Report on sanitation, dispensaries, and jails in Rajputana for 1919, and on vaccination for the year 1919-1920 - 1919-1920
Year: 1919
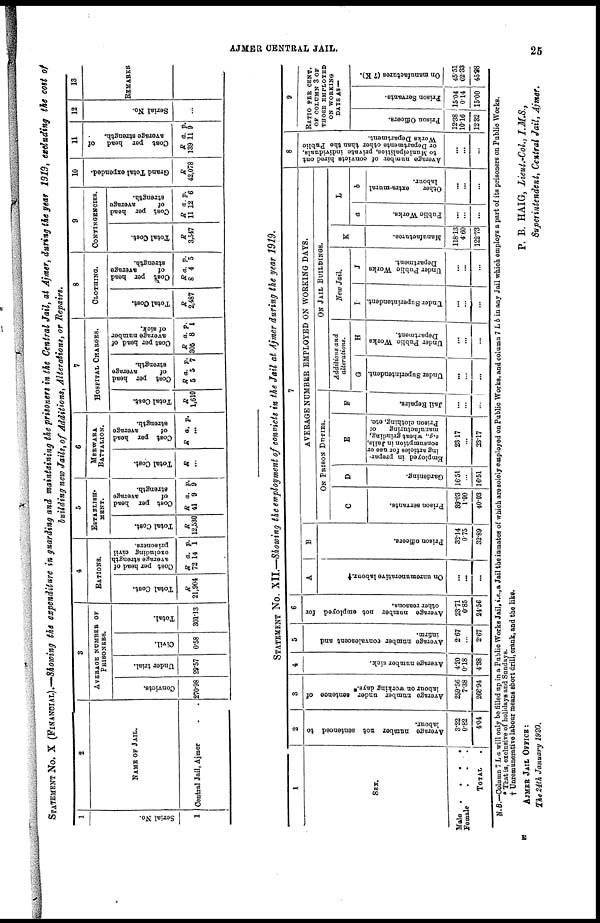
AJMER CENTRAL JAIL.
25
STATEMENT No. X (FINANCIAL).—Showing the expenditure in guarding and maintaining the prisoners in the Central Jail, at Ajmer, during the year 1919, excluding the cost of
building new Jails, of Additions, Alterations, or Repairs.
1
Serial No.
1
2
NAME OF JAIL.
Central Jail, Ajmer . .
3
AVERAGE NUMBER OF
PRISONERS.
Convicts.
270.98
Under trial.
29.57
Civil.
0.58
Total.
301.13
4
RATIONS.
Total Cost.
R
21,904
Cost per head of
average strength
excluding civil
prisoners.
R
72
a.
14
p.
1
5
ESTABLISH-
MENT.
Total Cost.
R
12,530
Cost per head
of
average
strength.
R
41
a.
9
p.
9
6
MERWARA
BATTALION.
Total Cost.
R
...
Cost per head
of
average
strength.
R a. p.
7
HOSPITAL CHARGES.
Total Cost.
R
1,610
Cost per head
of
average
strength.
R
5
a.
5
p.
7
Cost per head of
average number
of sick.
R
305
a.
8
p.
1
8
CLOTHING.
Total Cost.
R
2,487
Cost per head
of
average
strength.
R
8
a.
4
p.
5
9
CONTINGENCIES.
Total Cost.
R
3,547
Cost per head
of
average
strength.
R
11
a.
12
p.
6
10
Grand Total expended.
R
42,078
11
Cost per head
of
average strength.
R
139
a.
11
p.
9
12
Serial No.
...
13
REMARKS
STATEMENT No. XII.—Showing the employment of convicts in the Jail at Ajmer during the year 1919.
1
SEX.
Male
.
.
.
.
Female
.
.
.
TOTAL .
2
Average number not sentenced to
labour.
3.22
0.82
4.04
3
Average number under sentence of
labour on working days.*
259.56
7.38
266.94
4
Average number sick.
4.20
0.18
4.38
5
Average number convalescent and
infirm.
2.67
...
2.67
6
Average number not employed for
other reasons.
23.71
0.85
24.56
7
A
On unremunerative labour.†
...
...
...
B
Prison officers.
32.14
0.75
32.89
AVERAGE NUMBER EMPLOYED ON WORKING DAYS.
ON PRISON DUTIES.
C
Prison servants.
39.03
1.00
40.03
D
Gardening.
16.51
...
16.51
E
Employed in prepar-
ing articles for use or
consumption in Jails,
e.g., wheat grinding,
manufacturing
of
Prison clothing, etc.
23.17
...
23.17
F
Jail Repairs.
...
...
...
ON JAIL BUILDINGS.
Additions and
alterations.
G
Under Superintendent.
...
...
...
H
Under Public Works
Department.
...
...
...
New Jail.
I
Under Superintendent.
...
...
...
J
Under Public Works
Department.
...
...
...
K
Manufactures.
118.13
4.60
122.73
L
a
Public Works.
...
...
...
b
Other
extra-mural
labour.
...
...
...
8
Average number of convicts hired out
to Municipalities, private individuals,
or Departments other than the Public
Works Department.
...
...
...
9
RATIO PER CENT.
OF COLUMN 3 OF
THOSE EMPLOYED
ON WORKING
DAYS AS —
Prison Officers.
12.38
10.16
12.32
Prison Servants.
15.04
0.14
15.00
On manufactures (7 K).
45.51
62.33
45.98
N.B.—Column 7 L a will only be filled up in a Public Works Jail, i.e., a Jail the inmates of which are solely employed on Public Works, and column 7 L b in any Jail which employs a part of its prisoners on Public Works.
* That is, exclusive of holidays and Sundays.
† Unremunerative labour means short drill, crank, and the like.
AJMER JAIL OFFICE :
The 24th January 1920.
P. B. HAIG, Lieut.-Col., I.M.S.,
Superintendent, Central Jail, Ajmer.
E